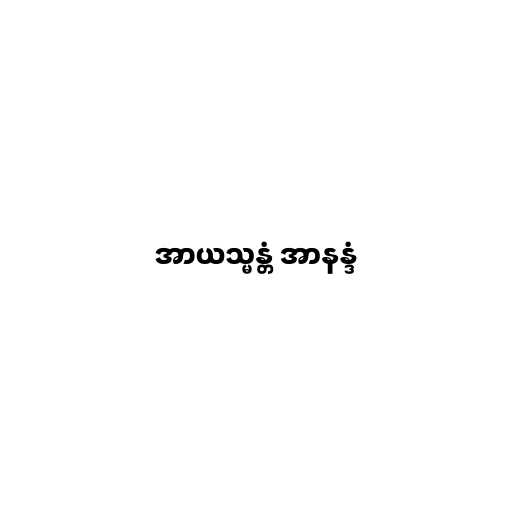
အာယသ္မန္တံ အာနန္ဒံ